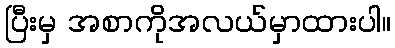
ပြီးမှ အစာကိုအလယ်မှာထားပါ။